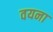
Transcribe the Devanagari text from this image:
वयना